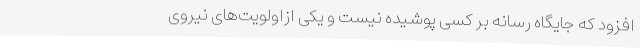
افزود که جایگاه‌ رسانه بر کسی پوشیده نیست و یکی ازاولویت‌های نیروی